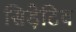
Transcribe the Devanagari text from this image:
सिड़ेटिव